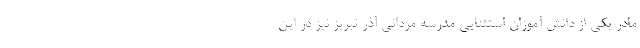
مادر یکی از دانش آموزان استثنایی مدرسه مردانی آذر تبریز نیز در این